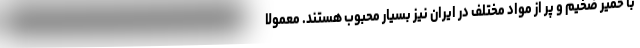
با خمیر ضخیم و پر از مواد مختلف در ایران نیز بسیار محبوب هستند. معمولا